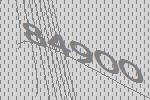
84900